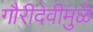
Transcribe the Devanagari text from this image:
गौरीदेवीमुळे